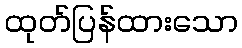
ထုတ်ပြန်ထားသော